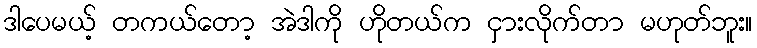
ဒါပေမယ့် တကယ်တော့ အဲဒါကို ဟိုတယ်က ငှားလိုက်တာ မဟုတ်ဘူး။